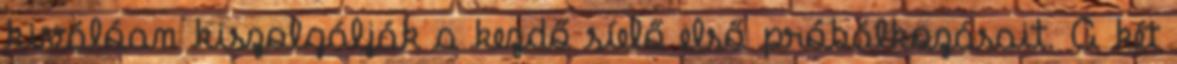
kiválóan kiszolgálják a kezdő síelő első próbálkozásait. A két